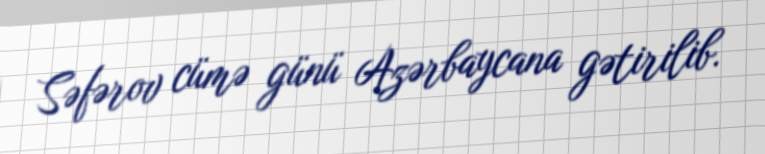
Səfərov cümə günü Azərbaycana gətirilib.